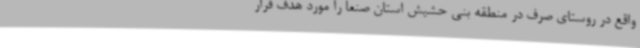
واقع در روستای صرف در منطقه بنی حشیش استان صنعا را مورد هدف قرار